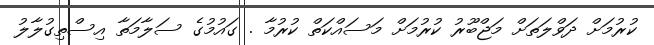
ކުރުމަށް ދަވްލަތަށް މަޖްބޫރު ކުރުމަށް މަސައްކަތް ކުރުމާ . ގައުމުގެ ސަލާމަތާ އިސްތިގުލާލު